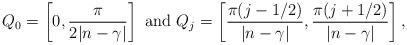
LaTeX: \begin{align*}Q _0=\left[0,\frac{\pi}{2|n-\gamma|}\right ]\ {\rm and}\ Q_j=\left[\frac{\pi(j-1/2)}{|n-\gamma|},\frac{\pi(j+1/2)}{|n-\gamma|}\right], \end{align*}